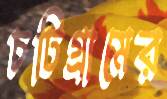
চটিগ্রামের